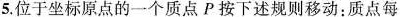
5.位于坐标原点的一个质点P按下述规则移动：质点